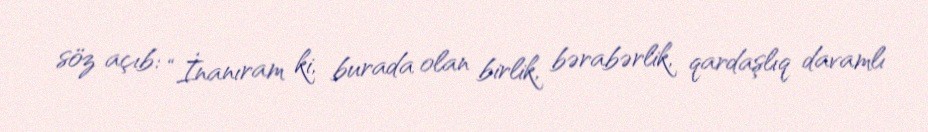
söz açıb: “İnanıram ki, burada olan birlik, bərabərlik, qardaşlıq davamlı